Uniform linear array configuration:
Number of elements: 64
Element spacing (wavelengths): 0.25
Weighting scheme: uniform
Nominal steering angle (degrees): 15
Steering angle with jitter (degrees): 13.762
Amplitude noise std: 0.05
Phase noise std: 0.05

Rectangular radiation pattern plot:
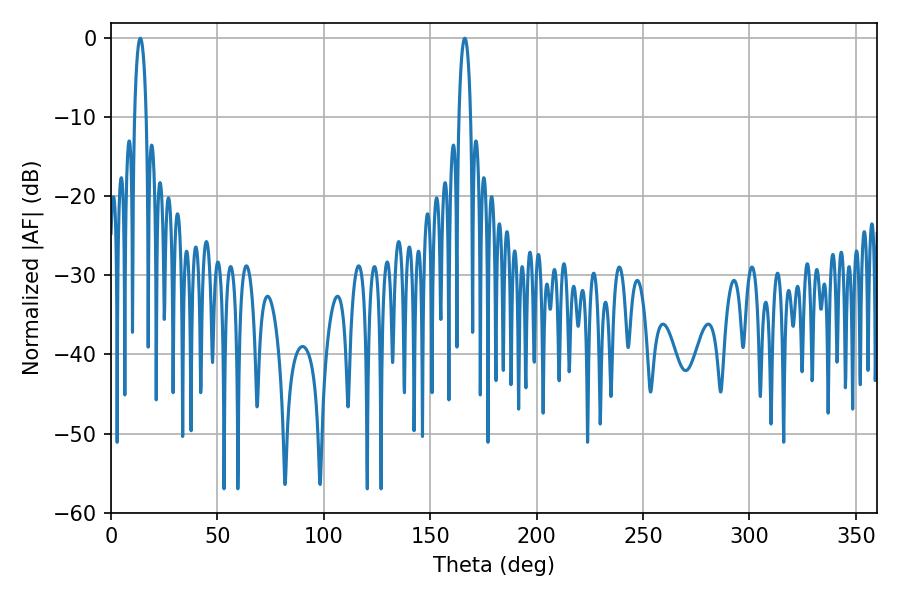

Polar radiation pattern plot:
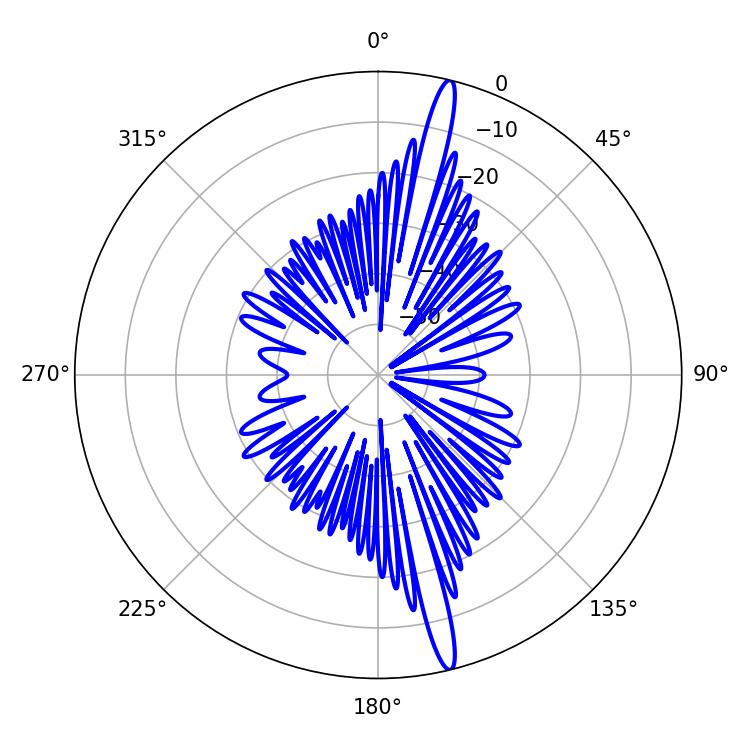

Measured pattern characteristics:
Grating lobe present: FALSE
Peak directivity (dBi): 18.202
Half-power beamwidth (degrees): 3.06
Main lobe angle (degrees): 13.68